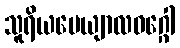
သူရိယပေယျာလဝဂ္ဂေါ